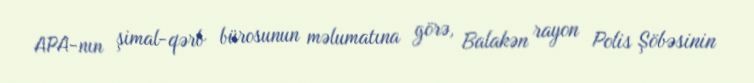
APA-nın şimal-qərb bürosunun məlumatına görə, Balakən rayon Polis Şöbəsinin